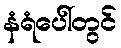
နံရံပေါ်တွင်